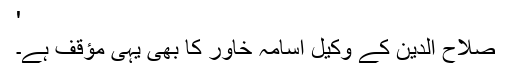
'
صلاح الدین کے وکیل اسامہ خاور کا بھی یہی مؤقف ہے۔